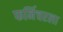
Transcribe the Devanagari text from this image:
फर्निचरला